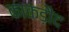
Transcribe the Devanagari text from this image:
काकड़ौद